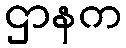
ဌာနက